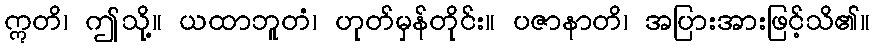
ဣတိ၊ ဤသို့။ ယထာဘူတံ၊ ဟုတ်မှန်တိုင်း။ ပဇာနာတိ၊ အပြားအားဖြင့်သိ၏။